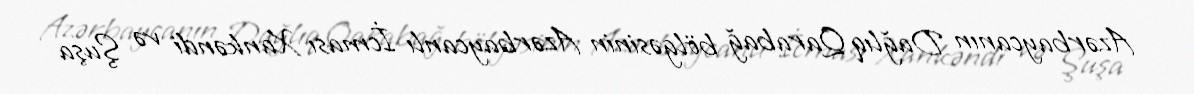
Azərbaycanın Dağlıq Qarabağ bölgəsinin Azərbaycanlı İcması Xankəndi və Şuşa